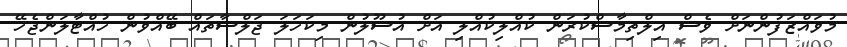
މުވައްޒަފުންނަށް ވެސް އިލްތިމާސްކުރަން ކުއްލިކުއްލި އަށް އުސޫލުންް މިކަހަލަ ޖަލްސާތައް ބޭއްވުން ހުއްޓާލަންޖެހޭ